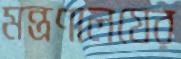
মন্ত্রণালযের